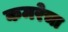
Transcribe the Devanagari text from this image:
कमरेचा